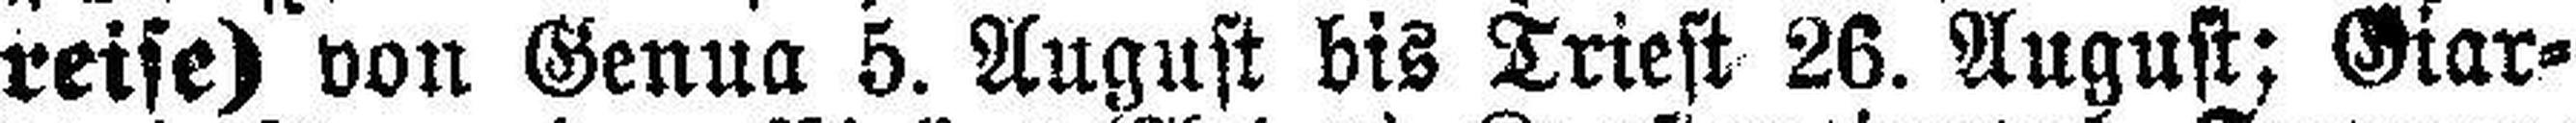
reise) von Genua 5. August bis Triest 26. Augusts Giar¬